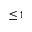
\leq 1